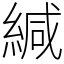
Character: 緘